Note on the mental hospitals in Burma - 1925-1940
Year: 1925
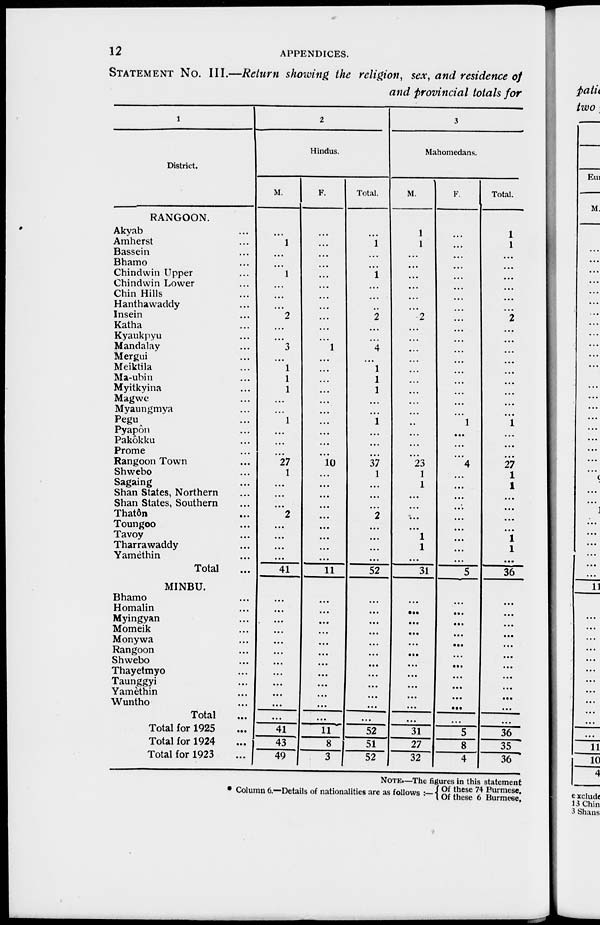
12
APPENDICES.
STATEMENT No. III.—Return showing the religion, sex, and residence of
and provincial totals for
1
District.
RANGOON.
Akyab ...
Amherst ...
Bassein ...
Bhamo ...
Chindwin Upper ...
Chindwin Lower ...
Chin Hills ...
Hanthawaddy ...
Insein ...
Katha ...
Kyaukpyu ...
Mandalay ...
Mergui ...
Meiktila ...
Ma-ubin ...
Myitkyina ...
Magwe ...
Myaungmya ...
Pegu ...
Pyapôn ...
Pakôkku ...
Prome ...
Rangoon Town ...
Shwebo ...
Sagaing ...
Shan States, Northern ...
Shan States, Southern ...
Thatôn ...
Toungoo ...
Tavoy ...
Tharrawaddy ...
Yamethin ...
Total ...
MINBU.
Bhamo ...
Homalin ...
Myingyan ...
Momeik ...
Monywa ...
Rangoon ...
Shwebo ...
Thayetmyo ...
Taunggyi ...
Yamèthin ...
Wuntho ...
Total ...
Total for 1925 ...
Total for 1924 ...
Total for 1923...
2
Hindus.
M.
...
1
...
...
1
...
...
...
2
...
...
3
...
1
1
1
...
...
1
...
...
...
27
1
...
...
...
2
...
...
...
...
41
...
...
...
...
...
...
...
...
...
...
...
...
41
43
49
F.
...
...
...
...
...
...
...
...
...
...
...
1
...
...
...
...
...
...
...
...
...
...
10
...
...
...
...
...
...
...
...
...
11
...
...
...
...
...
...
...
...
...
...
...
...
11
8
3
Total.
...
1
...
...
1
...
...
...
2
...
...
4
...
1
1
1
...
1
...
...
...
37
1
...
...
...
2
...
...
...
...
52
...
...
...
...
...
...
...
...
...
...
...
...
52
51
52
3
Mahomedans.
M.
1
1
...
...
...
...
...
...
2
...
...
...
...
...
...
...
...
...
...
...
...
...
23
1
1
...
...
...
...
1
1
...
31
...
...
...
...
...
...
...
...
...
...
...
...
31
27
32
F.
...
...
...
...
...
...
...
...
...
...
...
...
...
...
...
...
...
...
1
...
...
4
...
...
...
...
...
...
...
...
...
5
...
...
...
...
...
...
...
...
...
...
...
...
5
8
4
Total.
1
1
...
...
...
...
...
...
2
...
...
...
...
...
...
...
...
...
1
...
...
...
27
1
1
...
...
...
...
1
1
...
36
...
...
...
...
...
...
...
...
...
...
...
...
36
35
36
NOTE.—The figures in this statement
* Column 6.—Details of nationalities are as follows :— Of these 74 Burmese.
Of these 6 Burmese.